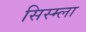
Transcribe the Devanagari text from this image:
सिस्म्ला